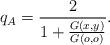
LaTeX: \begin{align*} q_A = \frac{2}{1+\frac{G(x,y)}{G(o,o)}}.\end{align*}